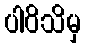
ပါဝိသိမှ